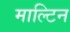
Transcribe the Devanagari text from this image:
माल्टिन